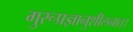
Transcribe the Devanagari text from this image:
गुरूप्रज्ञानुशीलनात्।